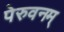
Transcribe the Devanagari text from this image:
पेरुवनम्